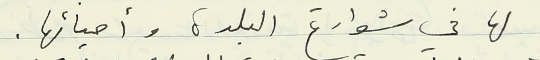
لها في شوارع البلدة واحيائها.